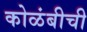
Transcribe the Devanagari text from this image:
कोळंबीची